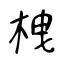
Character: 栧